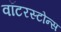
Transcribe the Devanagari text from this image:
वॉटरस्टोन्स